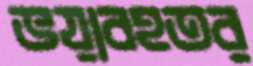
ভয়াবহতর